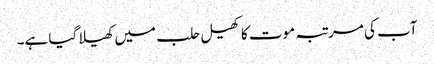
آب کی مرتبہ موت کا کھیل حلب میں کھیلا گیا ہے۔